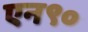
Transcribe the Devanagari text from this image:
एन९०